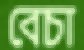
বেচা